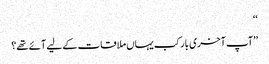
‘‘
’’آپ آخری بار کب یہاں ملاقات کے لیے آئے تھے؟